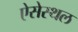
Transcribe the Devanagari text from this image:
ऐसेस्थल